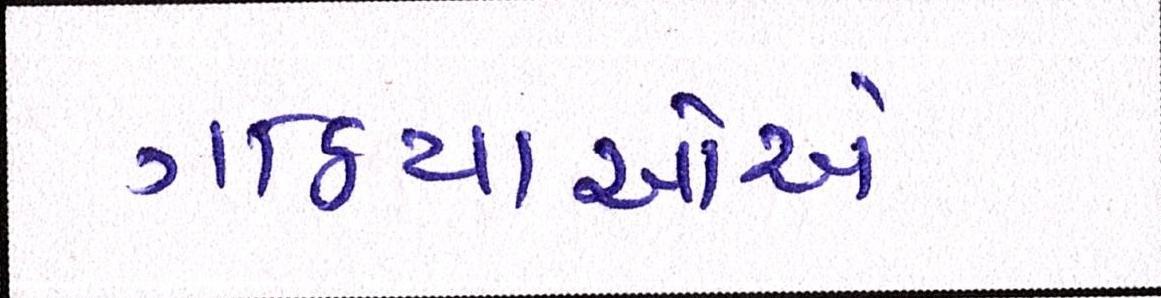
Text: ગઠિયાઓએ